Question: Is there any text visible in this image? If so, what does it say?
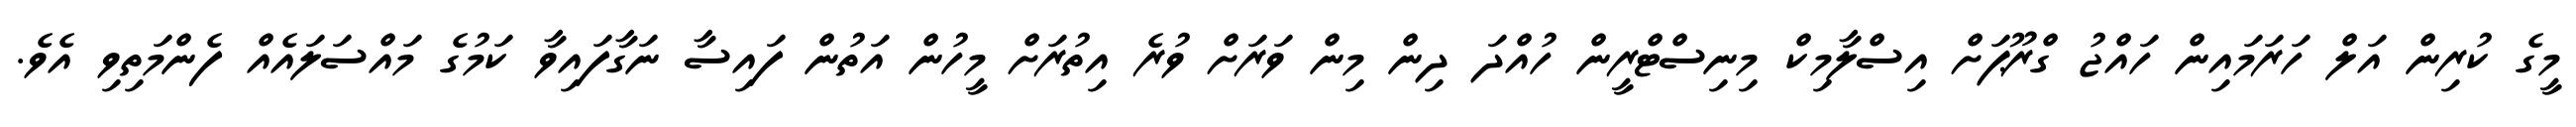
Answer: މީގެ ކުރިން އަލް ހަރަމައިން ހައްޖު ގްރޫޕަށް އިސްލާމިކް މިނިސްޓްރީން ހުއްދަ ދިން މިން ވަރަށް ވުރެ އިތުރަށް މީހުން އަތުން ފައިސާ ނަގާފައިވާ ކަމުގެ މައްސަލައެއް ފެންމަތިވި އެވެ.